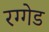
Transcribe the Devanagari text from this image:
रग्गेड